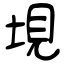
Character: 垷